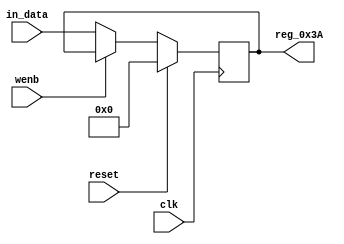
module r_RX_BUF_OBJ2_BYTE_2(output reg [7:0] reg_0x3A, input wire reset, input wire wenb, input wire [7:0] in_data, input wire clk);
	always@(posedge clk)
	begin
		if(reset==0) begin
			if(wenb==0)
				reg_0x3A<=in_data;
			else
				reg_0x3A<=reg_0x3A;
		end
		else
			reg_0x3A<=8'h00;
	end
endmodule